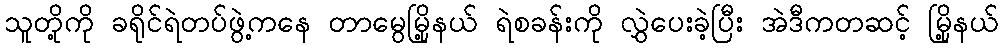
သူတို့ကို ခရိုင်ရဲတပ်ဖွဲ့ကနေ တာမွေမြို့နယ် ရဲစခန်းကို လွှဲပေးခဲ့ပြီး အဲဒီကတဆင့် မြို့နယ်